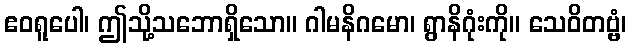
ဧဝရူပေါ၊ ဤသို့သဘောရှိသော။ ဂါမနိဂမော၊ ရွာနိဂုံးကို။ သေဝိတဗ္ဗံ၊